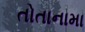
તોતાનામા